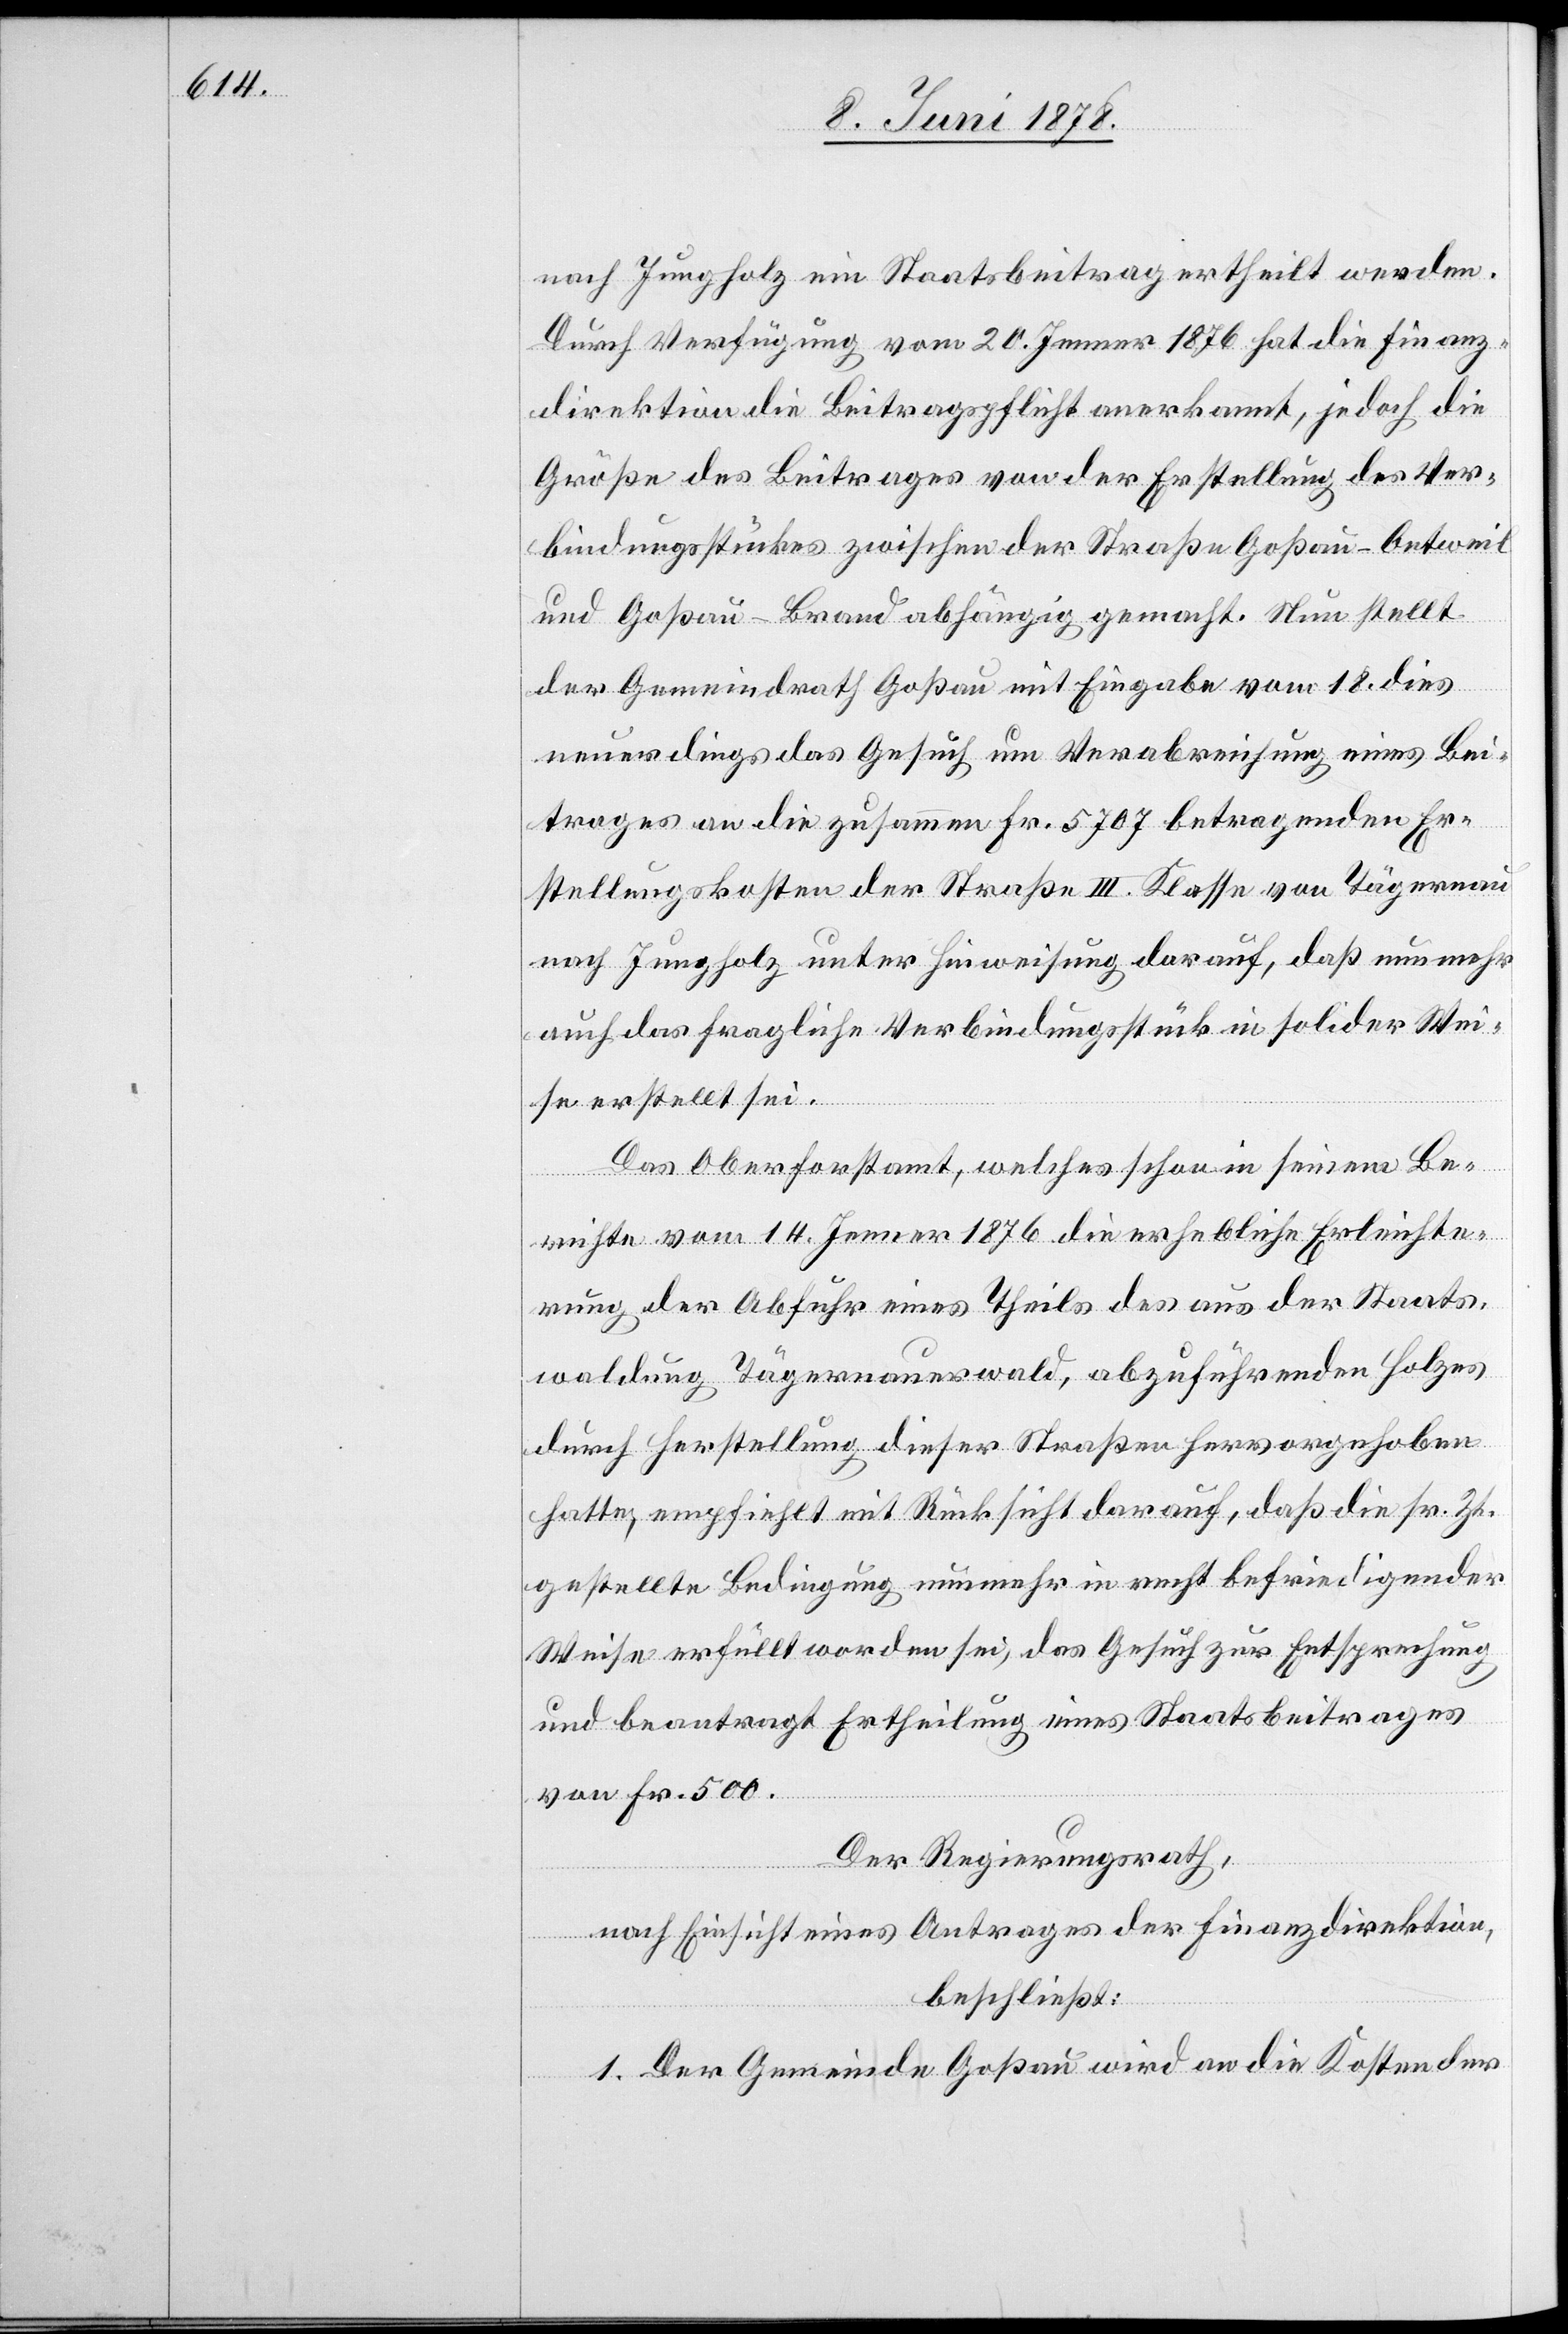
nach Jungholz ein Staatsbeitrag ertheilt werden.
Durch Verfügung vom 20. Jenner 1876 hat die Finanz¬
direktion die Beitragspflicht anerkannt, jedoch die
Größe des Beitrages von der Erstellung des Ver¬
bindungsstückes zwischen der Straße Goßau–Oetweil
und Goßau–Brand abhängig gemacht. Nun stellt
der Gemeindrath Goßau mit Eingabe vom 18. dies
neuerdings das Gesuch um Verabreichung eines Bei¬
trages an die zusammen Fr. 5707 betragenden Er¬
stellungskosten der Straße III. Klasse von Tägernau
nach Jungholz unter Hinweisung darauf, daß nunmehr
auch das fragliche Verbindungsstück in solider Wei¬
se erstellt sei.
Das Oberforstamt, welches schon seinem Be¬
richte vom 14. Jenner 1876 die erhebliche Erleichte¬
rung der Abfuhr eines Theils des aus der Staats¬
waldung Tägernauerwald, abzuführenden Holzes
durch Herstellung dieser Straßen hervorgehoben
hatte, empfiehlt mit Rücksicht darauf, daß die sr. Zt.
gestellte Bedingung nunmehr in recht befriedigender
Weise erfüllt worden sei, das Gesuch zur Entsprechung
und beantragt Ertheilung eines Staatsbeitrages
von Fr. 500.
Der Regierungsrath,
nach Einsicht eines Antrages der Finanzdirektion,
beschließt:
1. Der Gemeinde Goßau wird an die Kosten der